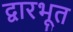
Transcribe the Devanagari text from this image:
द्वारभूत